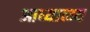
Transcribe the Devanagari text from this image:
आध्यात्म्य